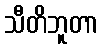
သီတိဘူတာ